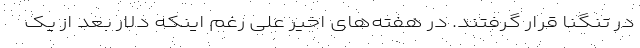
در تنگنا قرار گرفتند. در هفته‌های اخیر علی رغم اینکه دلار بعد از یک